Vaccination United Provinces of Agra and Oudh 1914-1922 - 1914-1922
Year: 1914
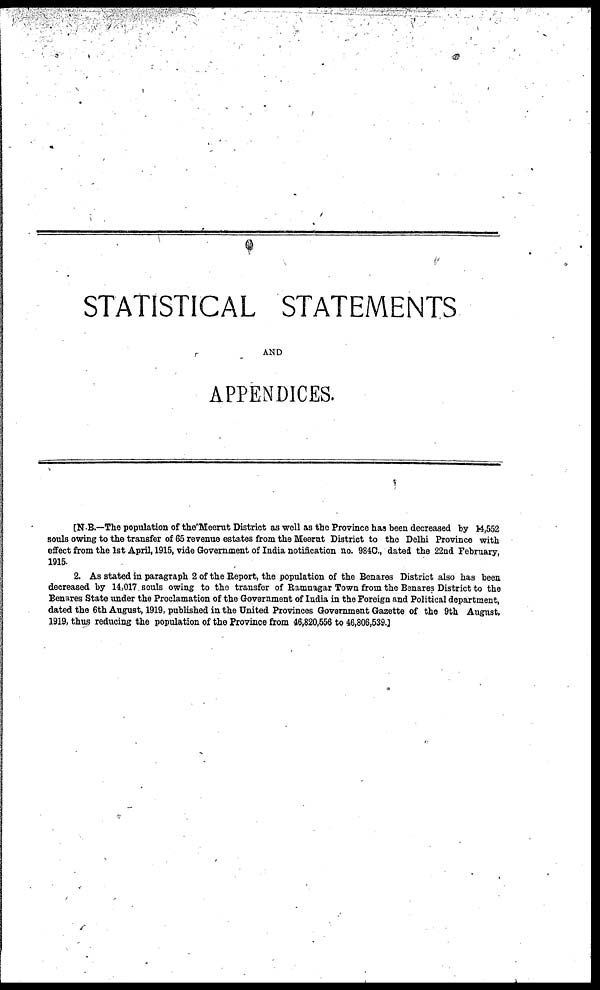
STATISTICAL STATEMENTS
AND
APPENDICES.
[N.B.—The population of the Meerut District as well as the Province has been decreased by 14,552
souls owing to the transfer of 65 revenue estates from the Meerut District to the Delhi Province with
effect from the 1st April, 1915, vide Government of India notification no. 984C., dated the 22nd February,
1915.
2. As stated in paragraph 2 of the Report, the population of the Benares District also has been
decreased by 14,017 souls owing to the transfer of Ramnagar Town from the Benares District to the
Benares State under the Proclamation of the Government of India in the Foreign and Political department,
dated the 6th August, 1919, published in the United Provinces Government Gazette of the 9th August.
1919, thus reducing the population of the Province from 46,820,556 to 46,806,539.]